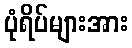
ပုံရိပ်များအား